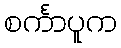
စင်္ကာပူက